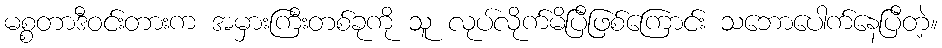
မစ္စတာဒီဝင်းတားက အမှားကြီးတစ်ခုကို သူ လုပ်လိုက်မိပြီဖြစ်ကြောင်း သဘောပေါက်နေပြီတဲ့။